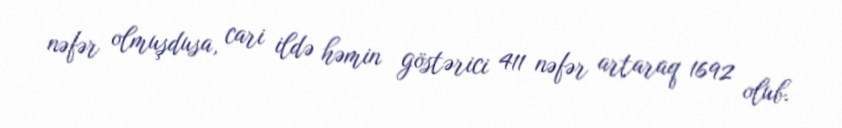
nəfər olmuşdusa, cari ildə həmin göstərici 411 nəfər artaraq 1692 olub.